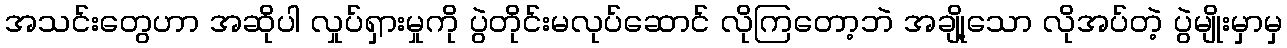
အသင်းတွေဟာ အဆိုပါ လှုပ်ရှားမှုကို ပွဲတိုင်းမလုပ်ဆောင် လိုကြတော့ဘဲ အချို့သော လိုအပ်တဲ့ ပွဲမျိုးမှာမှ